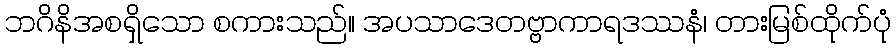
ဘဂိနိအစရှိသော စကားသည်။ အပသာဒေတဗ္ဗာကာရဒဿနံ၊ တားမြစ်ထိုက်ပုံ